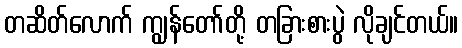
တဆိတ်လောက် ကျွန်တော်တို့ တခြားစားပွဲ လိုချင်တယ်။